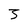
Character: 3